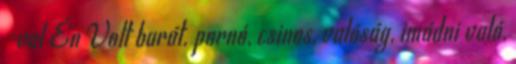
-val Én Volt barát. pornó, csinos, valóság, imádni való,